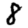
Digit: 8